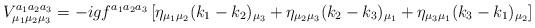
LaTeX: \begin{align*}V_{\mu_1\mu_2\mu_3}^{a_1 a_2 a_3}=-i g f^{a_1 a_2 a_3}\left[\eta_{\mu_1 \mu_2} (k_1-k_2)_{\mu_3} + \eta_{\mu_2 \mu_3} (k_2-k_3)_{\mu_1} + \eta_{\mu_3 \mu_1} (k_3-k_1)_{\mu_2}\right]\end{align*}